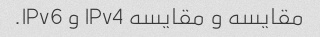
مقایسه و مقایسه IPv4 و IPv6.